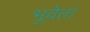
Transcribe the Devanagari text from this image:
भूवेत्ता